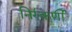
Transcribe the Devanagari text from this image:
निरंकर्णी